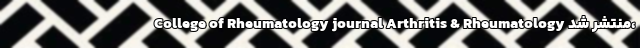
College of Rheumatology journal Arthritis & Rheumatology منتشر شد،